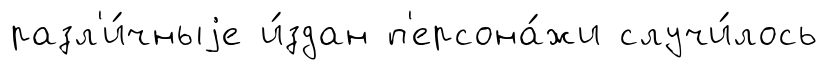
разл'и́чныjе и́здан п'ерсона́жи случи́лось